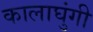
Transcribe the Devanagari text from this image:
कालाघुंगी